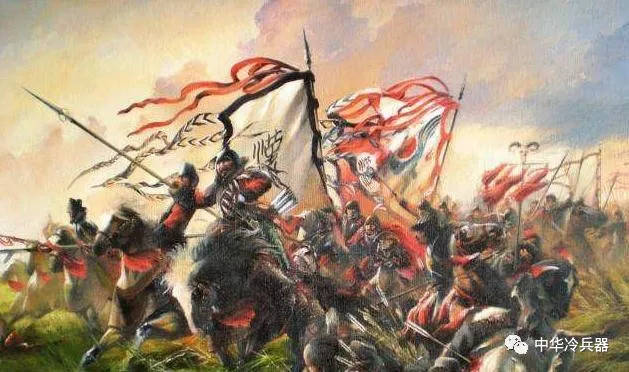
愿将腰下剑，直为斩楼兰。